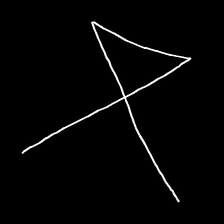
Glyph: collection